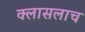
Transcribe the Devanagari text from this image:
क्लासलाच